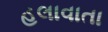
હલાવાતા